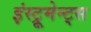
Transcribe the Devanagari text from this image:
इंस्ट्रूमेन्ट्स